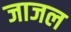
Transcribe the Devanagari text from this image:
जाजल